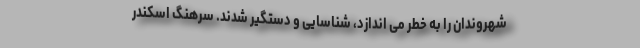
شهروندان را به خطر می اندازد، شناسایی و دستگیر شدند. سرهنگ اسکندر